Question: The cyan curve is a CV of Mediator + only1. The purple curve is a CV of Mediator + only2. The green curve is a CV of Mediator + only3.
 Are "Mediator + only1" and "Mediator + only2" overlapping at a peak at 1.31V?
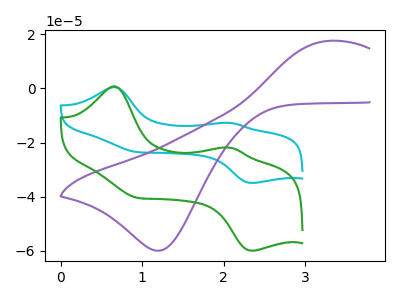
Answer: <think>The cyan curve "Mediator + only1" has anodic peaks at (0.65V, 0.45uA) (2.10V, -12.75uA) and cathodic peaks at (0.90V, -23.45uA) (2.35V, -34.90uA). The purple curve "Mediator + only2" has an anodic peak at (3.30V, 17.55uA) and a cathodic peak at (1.20V, -60.00uA). The green curve "Mediator + only3" has anodic peaks at (0.65V, 0.80uA) (2.10V, -21.85uA) and cathodic peaks at (0.90V, -40.30uA) (2.35V, -60.00uA).</think>
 <answer>No, "Mediator + only1" and "Mediator + only2" dont share a peak at 1.31V.</answer>
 <eval>mismatch</eval>